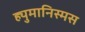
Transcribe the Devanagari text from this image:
ह्युमानिस्मस